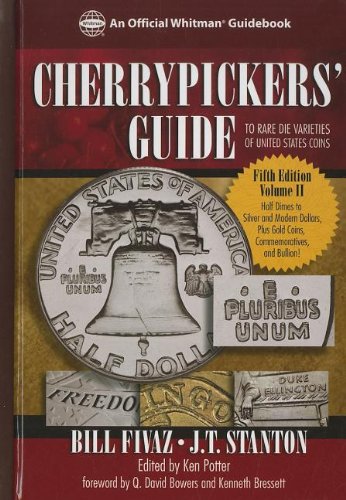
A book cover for Cherrypickers' Guide to Rare die Varieties of United States Coins, Volume II; Bill Fivaz; Crafts, Hobbies & Home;